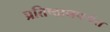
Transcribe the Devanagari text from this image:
प्रतिष्ठानपर्यंत